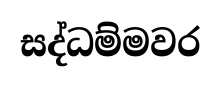
සද්ධම්මවර